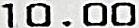
10.00